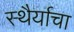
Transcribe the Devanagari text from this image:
स्थैर्याचा